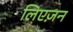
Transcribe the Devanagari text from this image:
लिएज़न